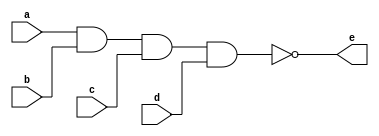
`timescale 1ns / 1ps
//////////////////////////////////////////////////////////////////////////////////
// Company: 
// Engineer: 
// 
// Design Name: 
// Module Name: four_input_NAND_gate_a
// Project Name: 
// Target Devices: 
// Tool Versions: 
// Description: 
// 
// Dependencies: 
// 
// Revision:
// Revision 0.01 - File Created
// Additional Comments:
// 
//////////////////////////////////////////////////////////////////////////////////


module four_input_NAND_gate_a(
    input a, b, c, d,
    output e
    );
    assign e = ~(a&b&c&d);
endmodule